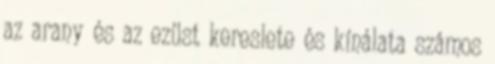
az arany és az ezüst kereslete és kínálata számos